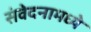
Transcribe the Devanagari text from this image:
संवेदनामध्ये